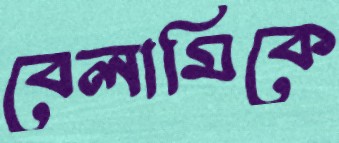
বেলামিকে